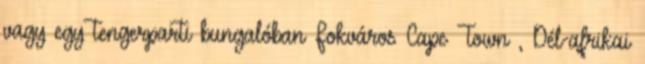
vagy egy tengerparti bungalóban Fokváros Cape Town , Dél-afrikai